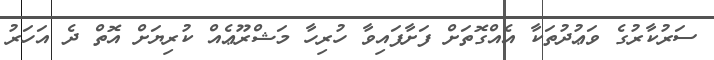
ސަރުކާރުގެ ވަޢުދުތަކާ އެއްގޮތަށް ފަށާފައިވާ ހުރިހާ މަޝްރޫޢެއް ކުރިޔަށް އޮތް ދެ އަހަރު